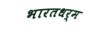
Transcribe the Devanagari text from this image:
भारतधर्म